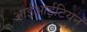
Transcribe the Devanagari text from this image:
आईआईटियन